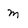
Character: m